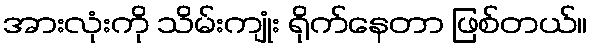
အားလုံးကို သိမ်းကျုံး ရိုက်နေတာ ဖြစ်တယ်။